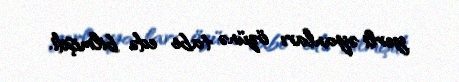
yerli əyanları özünə tabe edə bilmişdi.